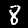
Label: 8